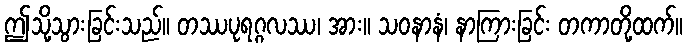
ဤသို့သွားခြင်းသည်။ တဿပုရဂ္ဂလဿ၊ အား။ သဝနာနံ၊ နာကြားခြင်း တကာတို့ထက်။